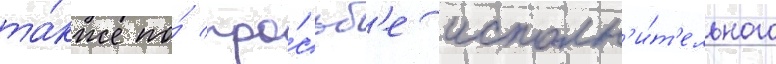
та́кже по́ про́сьб'е исполн'и́т'ельного